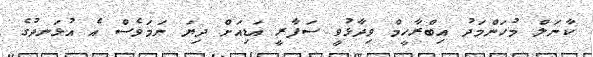
ކާނަލް މުހަންމަދު އިބްރާހީމް ވިދާޅުވީ ސަފާރީ އަޑިއަށް ދިޔަ ނަމަވެސް އެ އުޅަނދުގެ